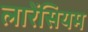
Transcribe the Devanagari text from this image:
लारेंसियम